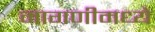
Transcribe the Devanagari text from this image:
मागणीमध्ये